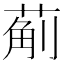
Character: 葪